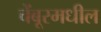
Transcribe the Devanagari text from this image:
चेंबूरमधील